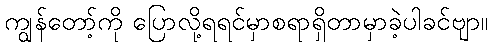
ကျွန်တော့်ကို ပြောလို့ရရင်မှာစရာရှိတာမှာခဲ့ပါခင်ဗျာ။